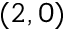
( 2 , 0 )